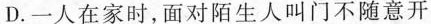
D.一人在家时，面对陌生人叫门不随意开